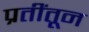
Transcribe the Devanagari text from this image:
प्रतींतून